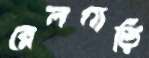
রেলগাড়ি